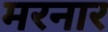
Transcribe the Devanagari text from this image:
मरनार